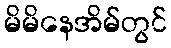
မိမိနေအိမ်တွင်